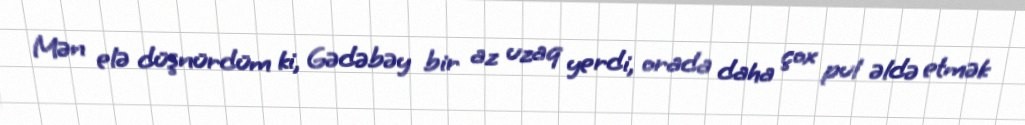
Mən elə düşnürdüm ki, Gədəbəy bir az uzaq yerdi, orada daha çox pul əldə etmək